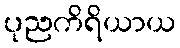
ပုညကိရိယာယ